Calcutta medical institutions reports 1871-78
Year: 1871
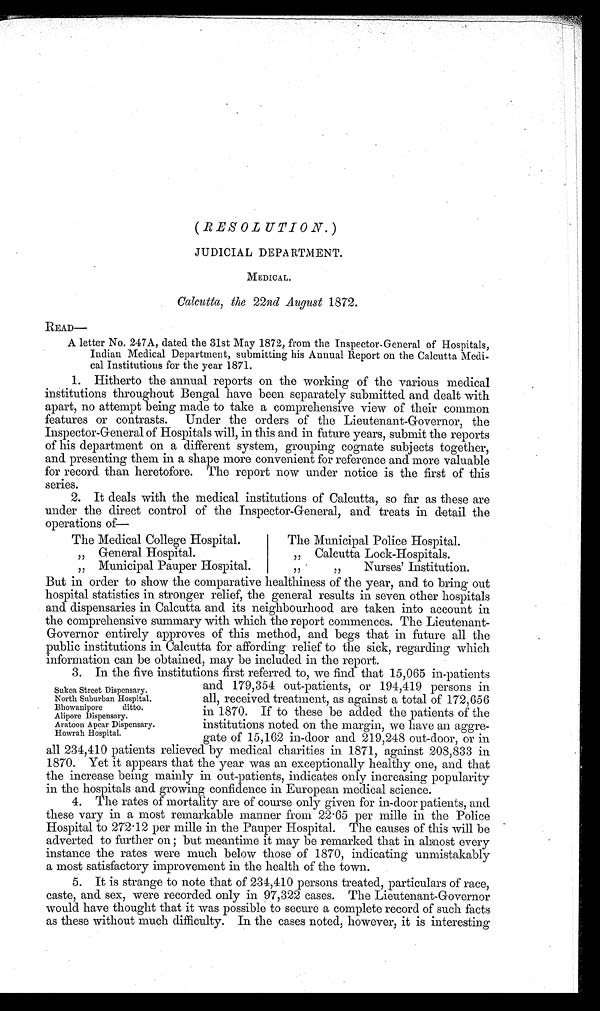
( RESOLUTION .)
JUDICIAL DEPARTMENT.
MEDICAL.
Calcutta, the 22nd August 1872.
READ—
A letter No. 247A, dated the 31st May 1872, from the Inspector-General of Hospitals,
Indian Medical Department, submitting his Annual Report on the Calcutta Medi-
cal Institutions for the year 1871.
1. Hitherto the annual reports on the working of the various medical
institutions throughout Bengal have been separately submitted and dealt with
apart, no attempt being made to take a comprehensive view of their common
features or contrasts. Under the orders of the Lieutenant-Governor, the
Inspector-General of Hospitals will, in this and in future years, submit the reports
of his department on a different system, grouping cognate subjects together,
and presenting them in a shape more convenient for reference and more valuable
for record than heretofore. The report now under notice is the first of this
series.
2. It deals with the medical institutions of Calcutta, so far as these are
under the direct control of the Inspector-General, and treats in detail the
operations of—
The Medical College Hospital.
The Municipal Police Hospital.
, , General Hospital.
, ,
Calcutta Lock-Hospitals.
,, Municipal Pauper Hospital.
, ,
,,
Nurses' Institution.
But in order to show the comparative healthiness of the year, and to bring out
hospital statistics in stronger relief, the general results in seven other hospitals
and dispensaries in Calcutta and its neighbourhood are taken into account in
the comprehensive summary with which the report commences. The Lieutenant-
Governor entirely approves of this method, and begs that in future all the
public institutions in Calcutta for affording relief to the sick, regarding which
information can be obtained, may be included in the report.
3. In the five institutions first referred to, we find that 15,065 in-patients
Sukea Street Dispensary.
North Suburban Hospital.
Bhowanipore ditto.
Alipore Dispensary.
Aratoon Apcar Dispensary.
Howrah Hospital.
and 179,354 out-patients, or 194,419 persons in
all, received treatment, as against a total of 172,656
in 1870. If to these be added the patients of the
institutions noted on the margin, we have an aggre-
gate of 15,162 in-door and 219,248 out-door, or in
-
all 234,410 patients relieved by medical charities in 1871, against 208,833in
1870. Yet it appears that the year was an exceptionally healthy one, and that
the increase being mainly in out-patients, indicates only increasing popularity
in the hospitals and growing confidence in European medical science.
4. The rates of mortality are of course only given for in-door patients, and
these vary in a most remarkable manner from 22.65 per mille in the Police
Hospital to 272.12 per mille in the Pauper Hospital. The causes of this will be
adverted to further on ; but meantime it may be remarked that in almost every
instance the rates were much below those of 1870, indicating unmistakably
a most satisfactory improvement in the health of the town.
5. It is strange to note that of 234,410 persons treated, particulars of race,
caste, and sex, were recorded only in 97,322 cases. The Lieutenant-Governor
would have thought that it was possible to secure a complete record of such facts
as these without much difficulty. In the cases noted, however, it is interesting